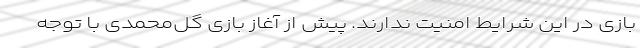
بازی در این شرایط امنیت ندارند. پیش از آغاز بازی گل‌محمدی با توجه